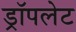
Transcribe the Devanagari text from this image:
ड्रॉपलेट